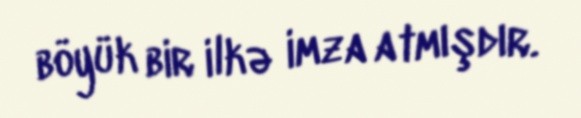
böyük bir ilkə imza atmışdır.